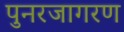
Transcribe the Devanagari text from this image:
पुनरजागरण